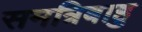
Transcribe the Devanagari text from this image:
समत्रिबाहु